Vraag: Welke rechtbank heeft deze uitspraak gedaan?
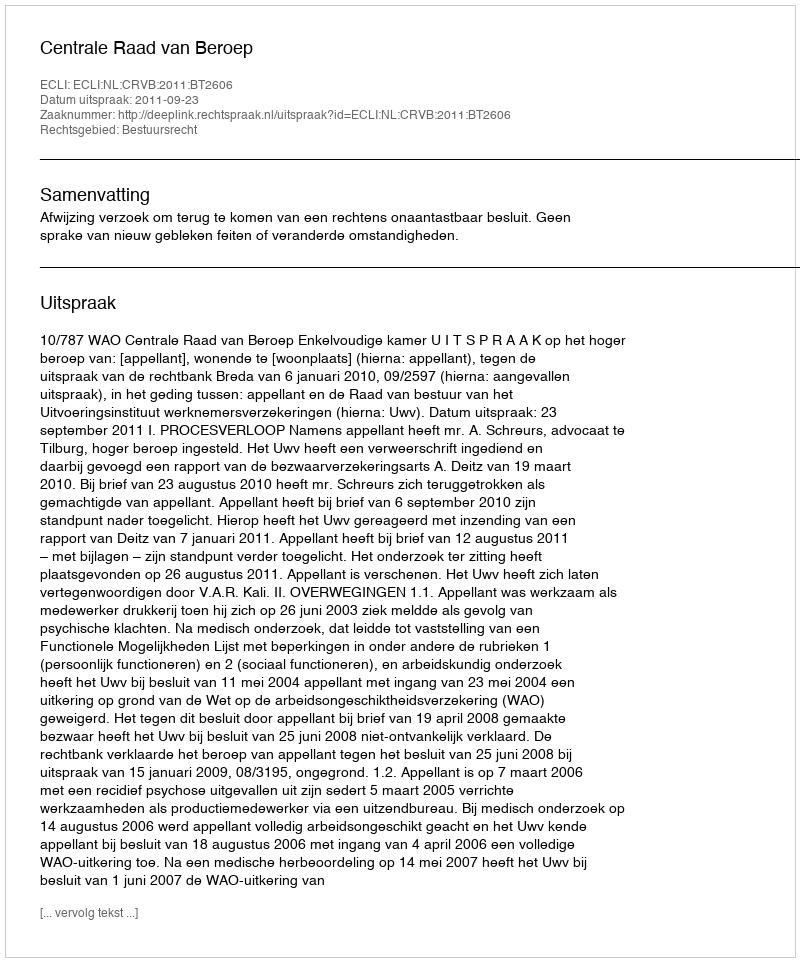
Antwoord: Centrale Raad van Beroep